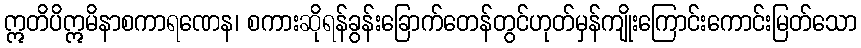
ဣတိပိဣမိနာစကာရဏေန၊ စကားဆိုရန်ခွန်းခြောက်တေန်တွင်ဟုတ်မှန်ကျိုးကြောင်းကောင်းမြတ်သော